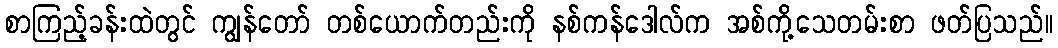
စာကြည့်ခန်းထဲတွင် ကျွန်တော် တစ်ယောက်တည်းကို နစ်ကန်ဒေါလ်က အစ်ကို့သေတမ်းစာ ဖတ်ပြသည်။